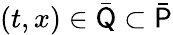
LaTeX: (t,x)\in\bar{\mathsf Q}\subset\bar{\mathsf P}